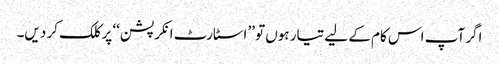
اگر آپ اس کام کے لیے تیار ہوں تو ’’اسٹارٹ انکرپشن‘‘ پر کلک کر دیں۔